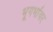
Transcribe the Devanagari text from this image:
भूगर्भावर